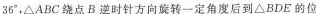
36^{\circ}，\Delta ABC绕点B逆时针方向旋转一定角度后到\Delta BDE的位